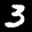
Label: 3